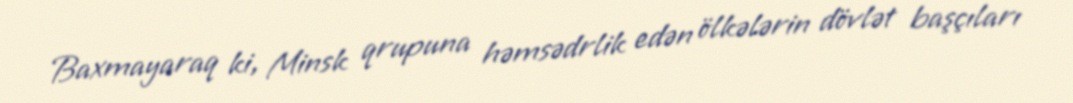
Baxmayaraq ki, Minsk qrupuna həmsədrlik edən ölkələrin dövlət başçıları